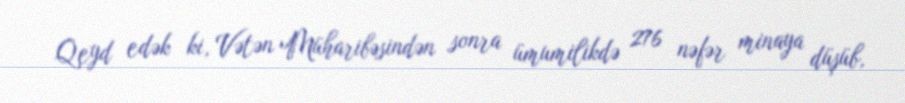
Qeyd edək ki, Vətən Müharibəsindən sonra ümumilikdə 276 nəfər minaya düşüb,